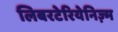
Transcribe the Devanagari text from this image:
लिबरटेरियेनिज़्म